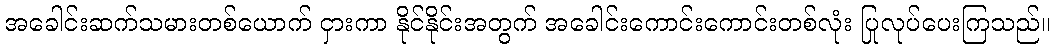
အခေါင်းဆက်သမားတစ်ယောက် ငှားကာ နိုင်နိုင်းအတွက် အခေါင်းကောင်းကောင်းတစ်လုံး ပြုလုပ်ပေးကြသည်။